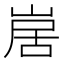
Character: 𭖱